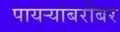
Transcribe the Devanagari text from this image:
पायऱ्यांबरोबर